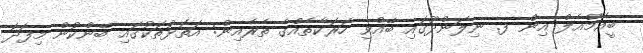
ބީއެމްއެލް އިން ފ. ނިލަންދޫގައި ބޭއްވި ހަރަކާތެއްގެ ތެރެއިން: އަތޮޅުތަކުގައި ބޭންކުން މިފަދަ